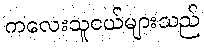
ကလေးသူငယ်များသည်